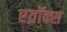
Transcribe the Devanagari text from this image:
एव्रॉक्स